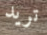
تريد